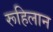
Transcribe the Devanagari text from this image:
रूहिलान